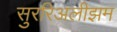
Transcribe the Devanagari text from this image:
सुररिअलीझम